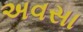
અવસા